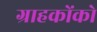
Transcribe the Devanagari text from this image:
ग्राहकोंको